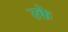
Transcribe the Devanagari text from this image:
रके